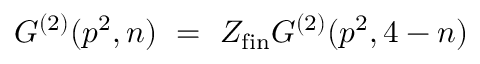
G ^ { ( 2 ) } ( p ^ { 2 } , n ) ~ = ~ Z _ { \mathrm { \footnotesize { f i n } } } G ^ { ( 2 ) } ( p ^ { 2 } , 4 - n )